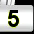
Digit: 5